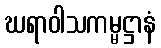
ဃရာဝါသကမ္မဋ္ဌာနံ